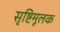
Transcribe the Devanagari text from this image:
सृष्टिमूलक